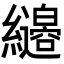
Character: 𦇭